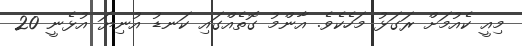
މިއީ ކެއުމަށް ރަގަޅު މަހެކެވެ. އާންމު ގޮތެއްގައި ކަނޑު އުނިޔަ އުޅެނީ 20